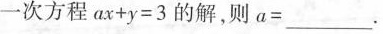
一次方程$$ax+y=3$$的解，则a=_____